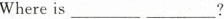
Where is ___ ___?